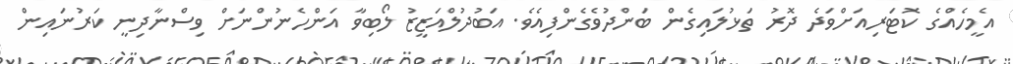
އެމީހެއްގެ ކޮޓަރިއަށްވަދެ ދޮރު ތަޅުލައިގެން ބަންދުވެގެންފިއެވެ. އަބުދުލްއަޒީޒު ލޯބިވާ އަންހެނުންނަށް ވިސްނާދިނީ ކަރުނައިން